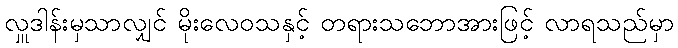
လှူဒါန်းမှသာလျှင် မိုးလေဝသနှင့် တရားသဘောအားဖြင့် လာရသည်မှာ